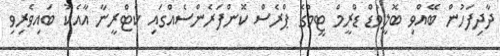
ދާދިފަހުން ބޭއްވި ބޮލީވުޑް ޑްރީމް ޓީމްގެ ޕްރެސް ކޮންފަރެންސެއްގައި ކެޓްރީނާ އާއެކު ބައިވެރިވި